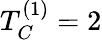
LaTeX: T_{C}^{(1)}=2